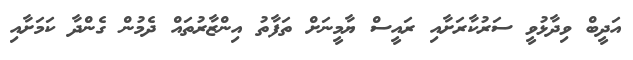
އަދީބް ވިދާޅުވީ ސަރުކާރަށާއި ރައީސް ޔާމީނަށް ތަފާތު އިންޒާރުތައް ދެމުން ގެންދާ ކަމަށާއި